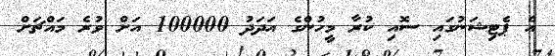
އެ ޕެޓިޝަނުގައި ސޮއި ކުރާ މީހުންގެ އަދަދު 100000 އަށް ވުރެ މައްޗަށް